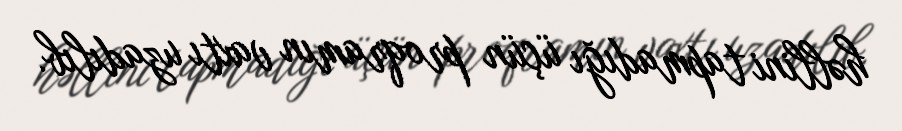
həllini tapmadığı üçün proqramın vaxtı uzadılıb.